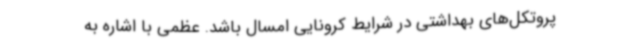
پروتکل‌های بهداشتی در شرایط کرونایی امسال باشد. عظمی با اشاره به